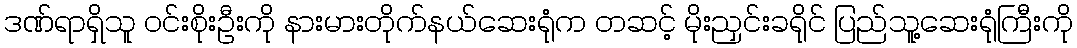
ဒဏ်ရာရှိသူ ဝင်းစိုးဦးကို နားမားတိုက်နယ်ဆေးရုံက တဆင့် မိုးညှင်းခရိုင် ပြည်သူ့ဆေးရုံကြီးကို